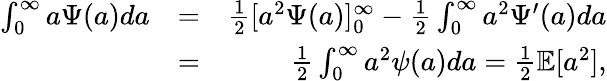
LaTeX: \begin{array}{rlr}{\int_{0}^{\infty}a\Psi(a)da}&{=}&{\frac{1}{2}[a^{2}\Psi(a)]_{0}^{\infty}-\frac{1}{2}\int_{0}^{\infty}a^{2}\Psi^{\prime}(a)da}\\ &{=}&{\frac{1}{2}\int_{0}^{\infty}a^{2}\psi(a)da=\frac{1}{2}{\mathbb E}[a^{2}],}\end{array}